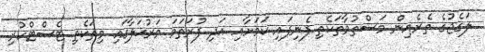
ލަގެޖުގެ ތެރެއިން މަސްތުވާތަކެތި ފެނިފައި ކަމަށާއި އަދި ފުރަތަމަ މަރުޙަލާގައި މިތަކެތި ޓެސްޓްކުރި